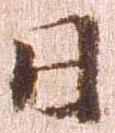
日